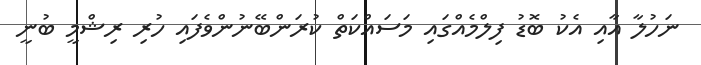
ނަހުލާ އާއި އެކު ބޮޑު ފިލްމެއްގައި މަސައްކަތް ކުރަންބޭނުންވެފައި ހުރި ރިޝްމީ ބުނީ